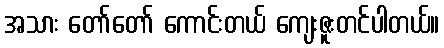
အသား တော်တော် ကောင်းတယ် ကျေးဇူးတင်ပါတယ်။